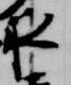
夜